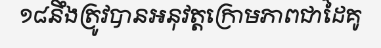
១៨នឹងត្រូវបានអនុវត្តក្រោមភាពជាដៃគូ